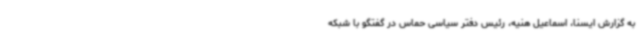
به گزارش ایسنا، اسماعیل هنیه، رئیس دفتر سیاسی حماس در گفتگو با شبکه